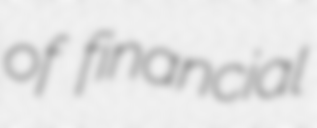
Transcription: of financial